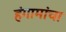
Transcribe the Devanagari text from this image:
हंगामांचा